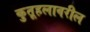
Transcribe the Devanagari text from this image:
कुतूहलावरील